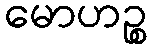
မောဟဉ္စ